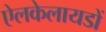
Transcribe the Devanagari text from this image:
ऐलकेलायडों